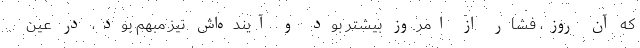
که آن روز، فشار از امروز بیشتر بود و آینده‌اش نیز مبهم بود، در عین